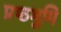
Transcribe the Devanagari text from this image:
प्रष्ठभूमि